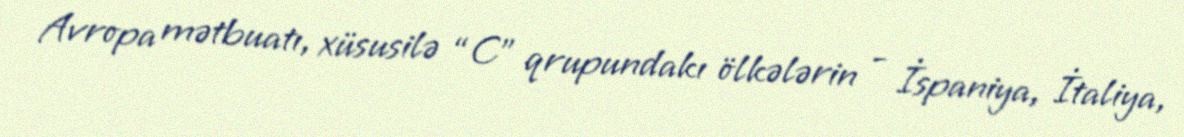
Avropa mətbuatı, xüsusilə “C” qrupundakı ölkələrin - İspaniya, İtaliya,